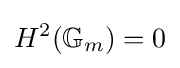
H^{2}(\mathbb {G} _{m})=0